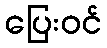
ပြေးဝင်